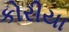
કોરીયા